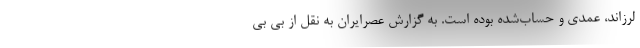
لرزاند، عمدی و حساب‌شده بوده است. به گزارش عصرایران به نقل از بی بی